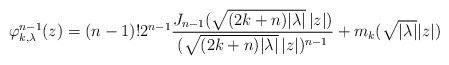
\begin{align*} \varphi_{k,\lambda}^{n-1}(z) = (n-1)! 2^{n-1} \frac{ J_{n-1}(\sqrt{(2k+n)|\lambda|}\,|z|)}{(\sqrt{(2k+n)|\lambda|}\,|z|)^{n-1}} + m_k( \sqrt{|\lambda|} |z|) \end{align*}